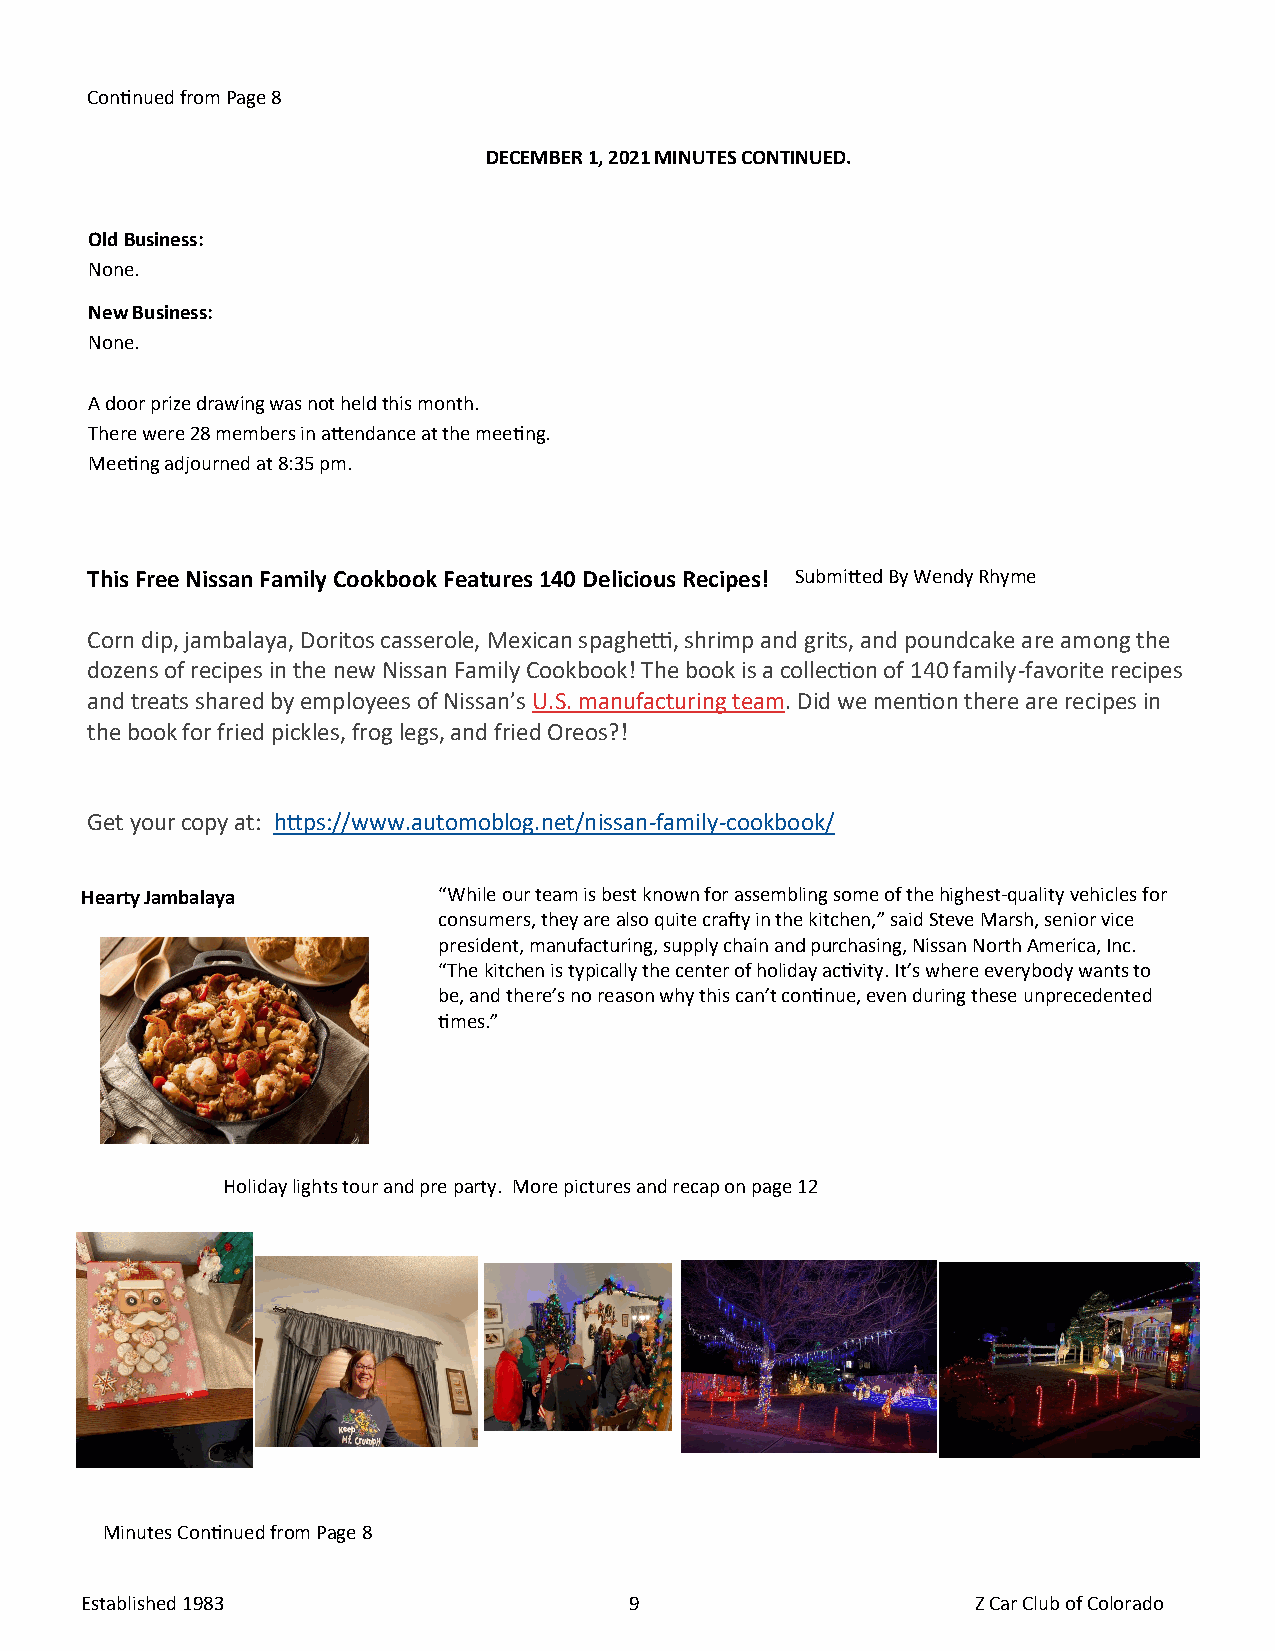
Continued from Page 8
 DECEMBER 1, 2021 MINUTES CONTINUED.
 Old Business:
 None.
 New Business:
 None.
 A door prize drawing was not held this month.
 There were 28 members in attendance at the meeting.
 Meeting adjourned at 8:35 pm.
 This Free Nissan Family Cookbook Features 140 Delicious Recipes! Submitted By Wendy Rhyme
 Corn dip, jambalaya, Doritos casserole, Mexican spaghetti, shrimp and grits, and poundcake are among the
 dozens of recipes in the new Nissan Family Cookbook! The book is a collection of 140 family-favorite recipes
 and treats shared by employees of Nissan’s U.S. manufacturing team. Did we mention there are recipes in
 the book for fried pickles, frog legs, and fried Oreos?!
 Get your copy at: https://www.automoblog.net/nissan-family-cookbook/
 Hearty Jambalaya        “While our team is best known for assembling some of the highest-quality vehicles for
 consumers, they are also quite crafty in the kitchen,” said Steve Marsh, senior vice
 president, manufacturing, supply chain and purchasing, Nissan North America, Inc.
 “The kitchen is typically the center of holiday activity. It’s where everybody wants to
 be, and there’s no reason why this can’t continue, even during these unprecedented
 times.”
 Holiday lights tour and pre party. More pictures and recap on page 12
 Minutes Continued from Page 8
 Established 1983                     9                      Z Car Club of Colorado